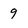
Character: 9